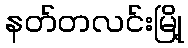
နတ်တလင်းမြို့